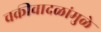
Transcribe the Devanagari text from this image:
चक्रीवादळांमुळे